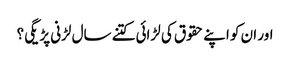
اور ان کو اپنے حقوق کی لڑائی کتنے سال لڑنی پڑیگی؟